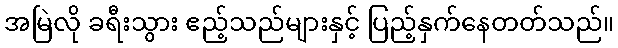
အမြဲလို ခရီးသွား ဧည့်သည်များနှင့် ပြည့်နှက်နေတတ်သည်။